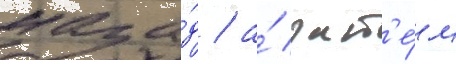
наза́д / а́ зат'е́м